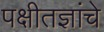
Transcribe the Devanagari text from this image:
पक्षीतज्ञांचे